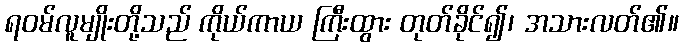
ရဝမ်လူမျိုးတို့သည် ကိုယ်ကာယ ကြီးထွား တုတ်ခိုင်၍၊ အသားလတ်၏။